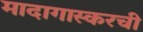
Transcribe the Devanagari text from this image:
मादागास्करची